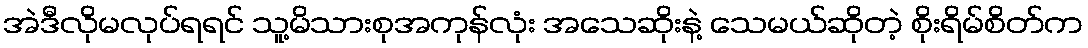
အဲဒီလိုမလုပ်ရရင် သူ့မိသားစုအကုန်လုံး အသေဆိုးနဲ့ သေမယ်ဆိုတဲ့ စိုးရိမ်စိတ်က